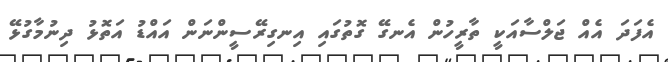
އެފަދަ އެއް ޖަލްސާއަކީ ތާރީހުން އެނގޭ ގޮތުގައި އިނގިރޭސީންނަން އައްޑު އަތޮޅު ދިނުމާގުޅޭ